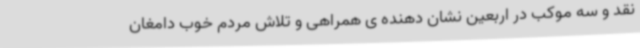
نقد و سه موکب در اربعین نشان دهنده ی همراهی و تلاش مردم خوب دامغان